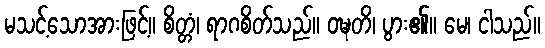
မသင့်သောအားဖြင့်။ စိတ္တံ၊ ရာဂစိတ်သည်။ ဝဍ္ဎတိ၊ ပွား၏။ မေ၊ ငါသည်။